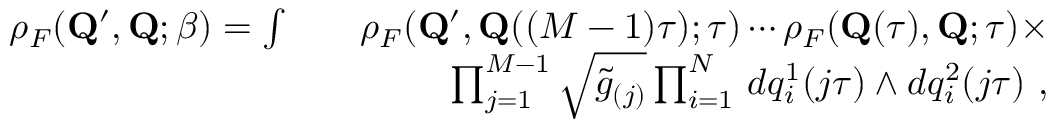
\begin{array} { r l r } { \rho _ { F } ( { \mathbf { Q } ^ { \prime } } , \mathbf { Q } ; \beta ) = \int } & { } & { \rho _ { F } ( { \mathbf { Q } ^ { \prime } } , \mathbf { Q } ( ( M - 1 ) \tau ) ; \tau ) \cdots \rho _ { F } ( \mathbf { Q } ( \tau ) , \mathbf { Q } ; \tau ) \times } \\ & { } & { \prod _ { j = 1 } ^ { M - 1 } \sqrt { \tilde { g } _ { ( j ) } } \prod _ { i = 1 } ^ { N } \, d q _ { i } ^ { 1 } ( j \tau ) \wedge d q _ { i } ^ { 2 } ( j \tau ) ~ , } \end{array}